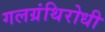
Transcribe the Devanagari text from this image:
गलग्रंथिरोधी